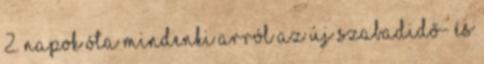
2. Napok óta mindenki arról az új szabadidő- és